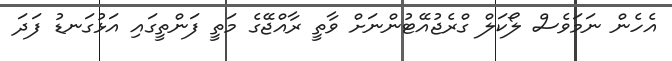
އެހެން ނަމަވެސް ލޯކަލް ގްރެޖުއޭޓުންނަށް ވާތީ ރާއްޖޭގެ މަތީ ފަންތީގައި އަޅުގަނޑު ފަދަ